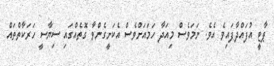
ޕާޓީ އުފައްދާފައިވެ އެވެ. ނަމަވެސް މިއަދާ ހަމައަށްވެސް އެކަށީގެންވާ ގޮތެއްގައި ސިޔާސީ ހަރަކާތްތައް